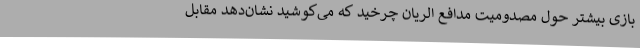
بازی بیشتر حول مصدومیت مدافع الریان چرخید که می‌کوشید نشان‌دهد مقابل